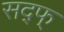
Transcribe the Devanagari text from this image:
सद्फ्